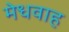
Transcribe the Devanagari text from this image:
मेधवाह